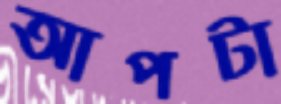
আপটা